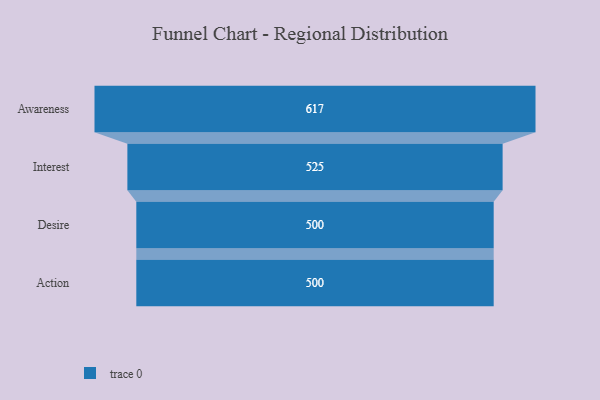
{"axis": {"x": "Stage", "y": "Value"}, "legend": [""], "data": [{"x": "Awareness", "y": 617.0, "type": ""}, {"x": "Interest", "y": 525.0, "type": ""}, {"x": "Desire", "y": 500, "type": ""}, {"x": "Action", "y": 500, "type": ""}]}